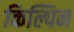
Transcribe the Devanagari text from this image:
किल्पिन